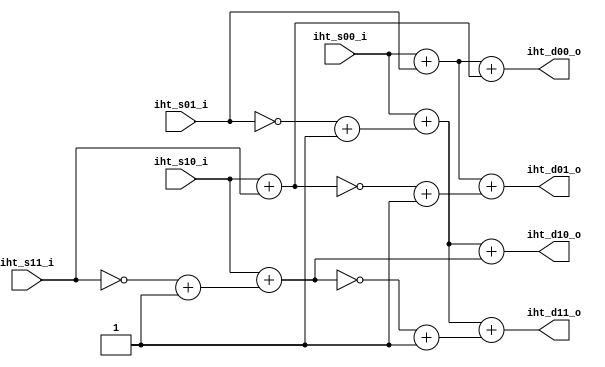
module tq_iht2x2 (
  iht_s00_i, iht_s01_i, iht_s10_i, iht_s11_i, 
  iht_d00_o, iht_d01_o, iht_d10_o, iht_d11_o
);
parameter IN_WIDTH = 15;
parameter OUT_WIDTH = 15;
input  [IN_WIDTH-1:0] iht_s00_i, iht_s01_i;
input  [IN_WIDTH-1:0] iht_s10_i, iht_s11_i;

output [OUT_WIDTH-1:0] iht_d00_o, iht_d01_o;
output [OUT_WIDTH-1:0] iht_d10_o, iht_d11_o;

wire  [IN_WIDTH-1:0] n_s1_plus1, n_s3_plus1;
wire  [IN_WIDTH-1:0] t0, t1, t2, t3;
wire  [IN_WIDTH-1:0] n_t1_plus1, n_t3_plus1;

assign n_s1_plus1 = ~iht_s01_i + 1'b1;
assign n_s3_plus1 = ~iht_s11_i + 1'b1;

assign t0 = iht_s00_i + iht_s01_i;
assign t1 = iht_s10_i + iht_s11_i;
assign t2 = iht_s00_i + n_s1_plus1;
assign t3 = iht_s10_i + n_s3_plus1;

assign n_t1_plus1 = ~t1 + 1'b1;
assign n_t3_plus1 = ~t3 + 1'b1;

assign iht_d00_o = t0 + t1;
assign iht_d01_o = t0 + n_t1_plus1;
assign iht_d10_o = t2 + t3;
assign iht_d11_o = t2 + n_t3_plus1;

endmodule